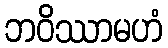
ဘဝိဿာမဟံ